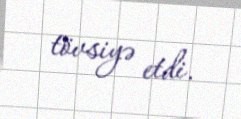
tövsiyə etdi.